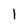
Character: l